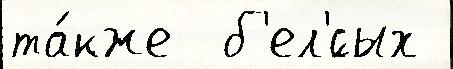
та́кже  б'ел'́сых